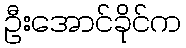
ဦးအောင်ခိုင်က